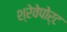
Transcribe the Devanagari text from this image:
श्रेवेपोर्ट